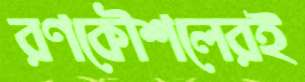
রণকৌশলেরই